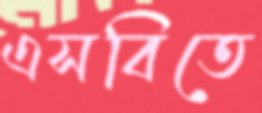
এসবিতে